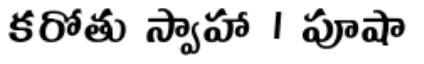
కరోతు స్వాహా । పూషా